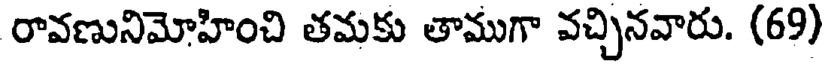
రావణునిమోహించి తమకు తాముగా వచ్చినవారు. (69)